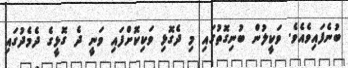
ބުނެފައިވެއެވެ. ވަކީލުން ބުނިގޮތުގައި މި ދެގޮޅި ވަކިކޮށްފައި ވަނީ ދެ ގޮޅީގެ ދެމެދުގައި